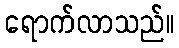
ရောက်လာသည်။